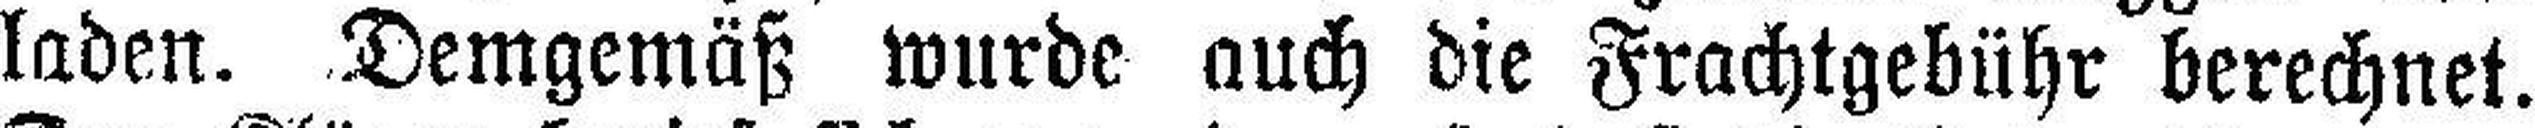
laden. Demgemäß wurde auch die Frachtgebühr berechnet.